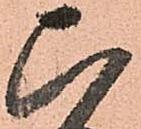
ひ